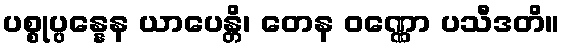
ပစ္စုပ္ပန္နေန ယာပေန္တိ၊ တေန ဝဏ္ဏော ပသီဒတိ။